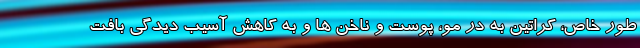
طور خاص، کراتین به در مو، پوست و ناخن ها و به کاهش آسیب دیدگی بافت